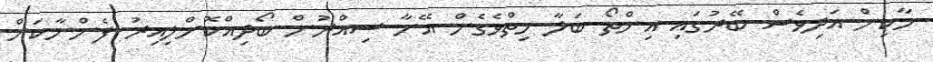
މާކިން އަދިވެސް ބޭރުގައި އިންތޯ ބަލާ ހިތްވެގެން އޭނާ ސިއްރުން ބޯދިއްކޮށްލިއިރު ފެންނާކަށް